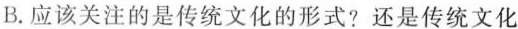
B.应该关注的是传统文化的形式?还是传统文化